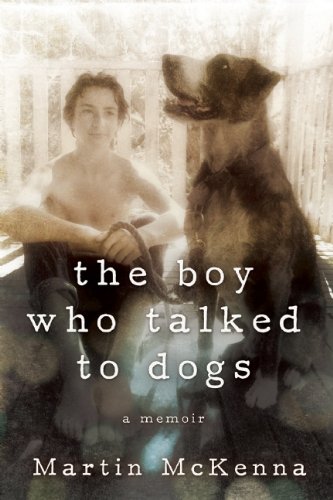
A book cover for The Boy Who Talked to Dogs: A Memoir; Martin McKenna; Biographies & Memoirs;